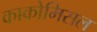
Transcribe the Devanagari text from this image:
काकोमिसल